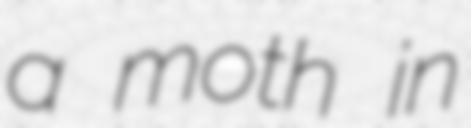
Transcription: a moth in